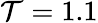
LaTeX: \mathcal{T}=1.1